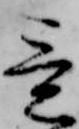
意